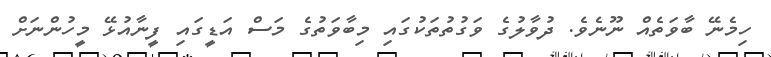
ހިމެނޭ ބާވަތެއް ނޫނެވެ. ދުވާލުގެ ވަގުތުތަކުގައި މިބާވަތުގެ މަސް އަޑީގައި ފީނާއުޅޭ މީހުންނަށް